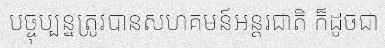
បច្ចុប្បន្នត្រូវបានសហគមន៍អន្តរជាតិ ក៏ដូចជា